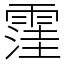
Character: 䨟